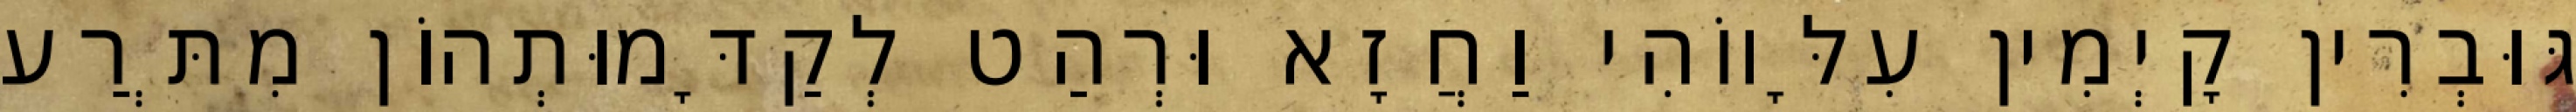
גּוּבְרִין קָיְמִין עִלָּווֹהִי וַחֲזָא וּרְהַט לְקַדָּמוּתְהוֹן מִתְּרַע